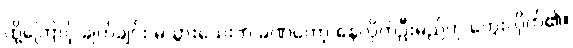
ထို့ကြောင့် ချက်ချင်း မသွားသေးဘဲ ခဏတော့ နေလိုက်ဦးမည်ဟု တွေးလိုက်၏။